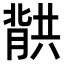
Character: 𮌱